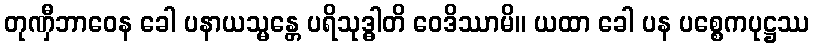
တုဏှီဘာဝေန ခေါ ပနာယသ္မန္တေ ပရိသုဒ္ဓါတိ ဝေဒိဿာမိ။ ယထာ ခေါ ပန ပစ္စေကပုဋ္ဌဿ